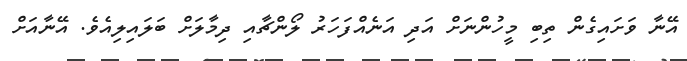
އޭނާ ވަށައިގެން ތިބި މީހުންނަށް އަދި އަނެއްފަހަރު ލޯންޗާއި ދިމާލަށް ބަލައިލިއެވެ. އޭނާއަށް